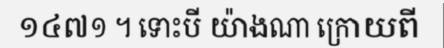
១៤៧១ ។ ទោះបី យ៉ាងណា ក្រោយពី